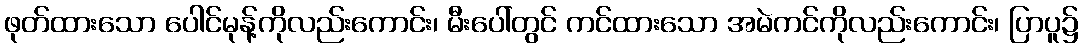
ဖုတ်ထားသော ပေါင်မုန့်ကိုလည်းကောင်း၊ မီးပေါ်တွင် ကင်ထားသော အမဲကင်ကိုလည်းကောင်း၊ ပြာပူ၌